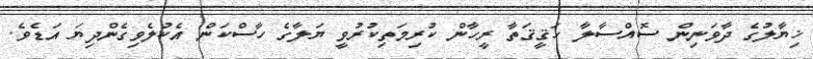
ޚިޔާލުގެ ދާވަނިން ސޮއްސާލާ ހަޤީޤަތާ ރީހާން ކުރިމަތިކުރުވީ ޔަލާގެ ހާސްކަން އެކުލެވިގެންދިޔަ އަޑެވެ.